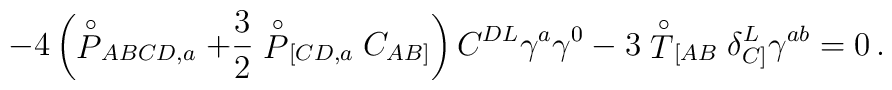
-4  \left(  \stackrel{\circ}{P}_{ABCD,a}+ \frac{3}{2}\stackrel{\circ}{P}_{[CD,a}C_{AB]}\right) C^{DL}\gamma^a\gamma^0-3\stackrel{\circ}{T}_{[AB}\delta^L_{C]}\gamma^{ab}=0\, .